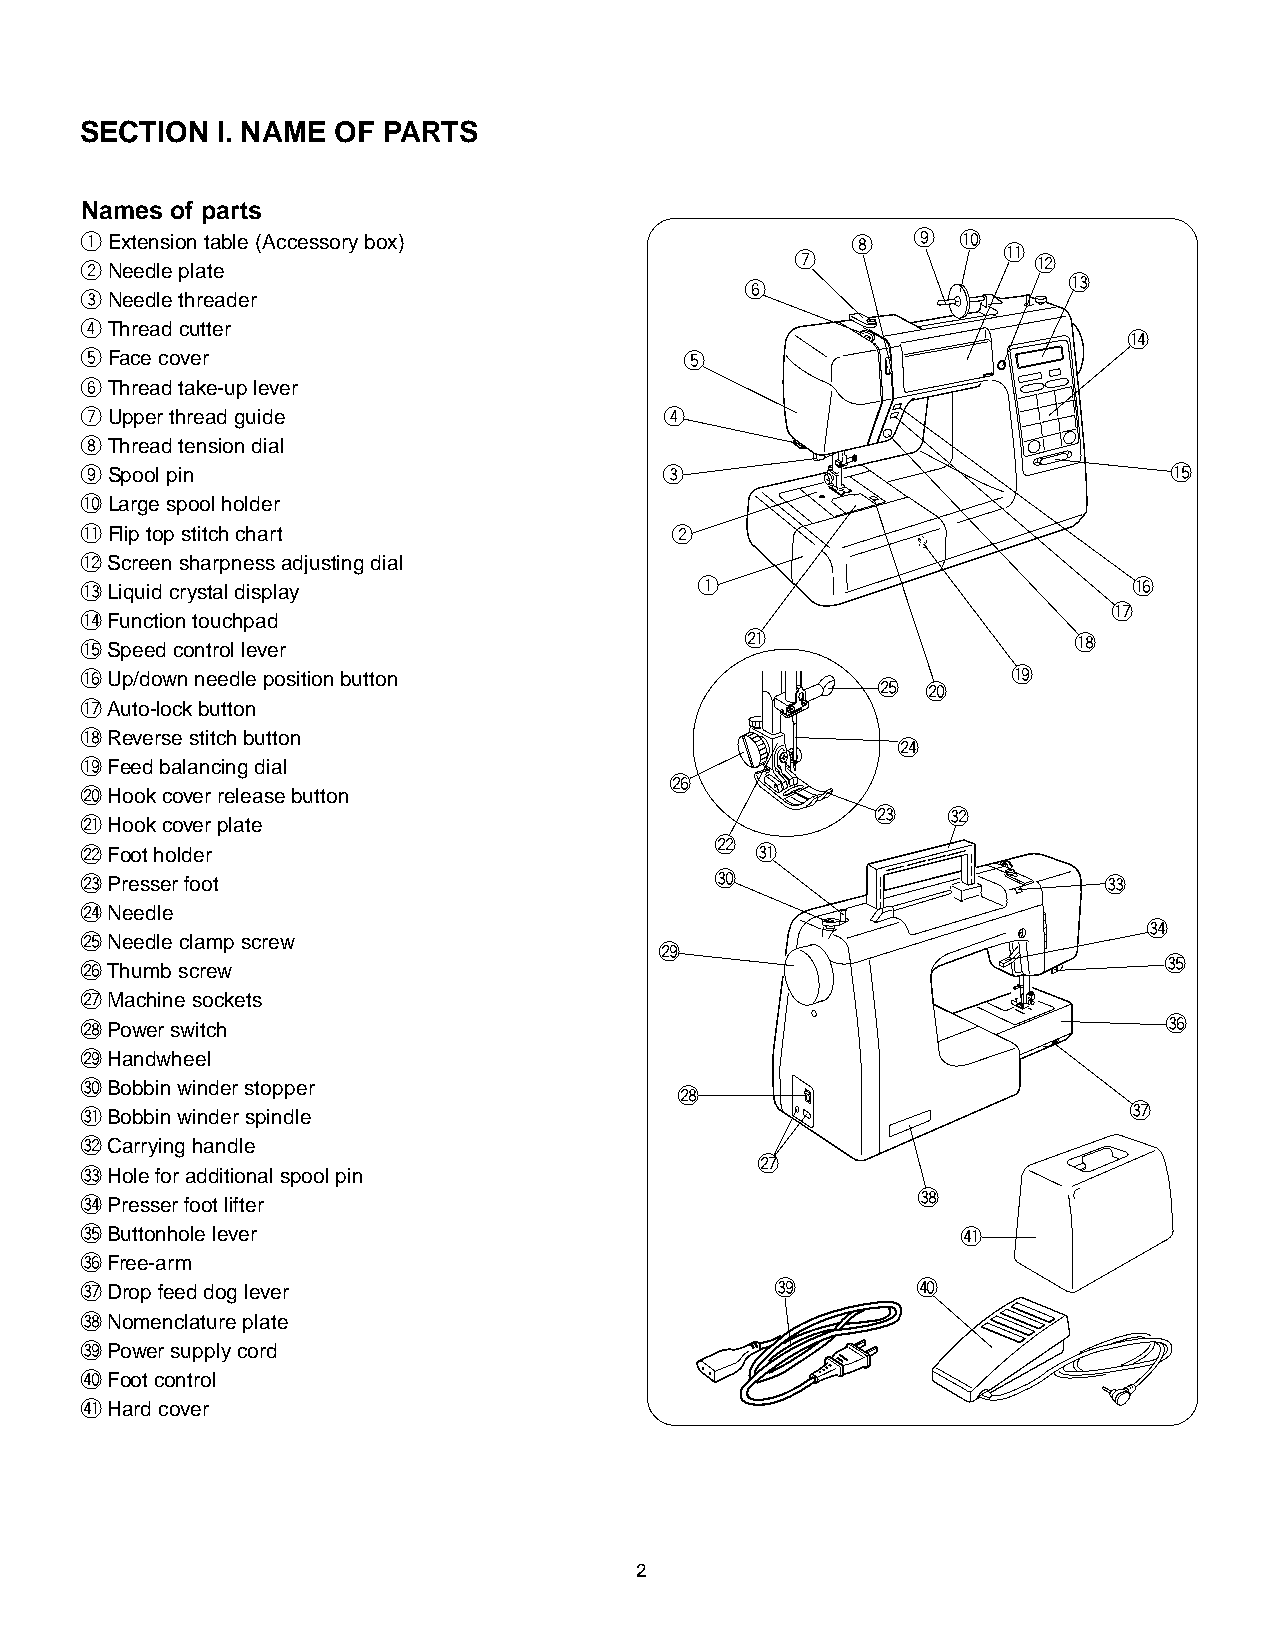
SECTION  I. NAME OF PARTS
 Names of parts
 qExtension table (Accessory box)                   i   o   !0
 !1
 u              !2
 wNeedle plate
 !3
 y
 eNeedle threader
 rThread cutter
 !4
 tFace cover                             t
 yThread take-up lever
 uUpper thread guide                    r
 iThread tension dial
 oSpool pin                             e                                 !5
 !0Large spool holder
 !1Flip top stitch chart                w
 !2Screen sharpness adjusting dial
 !3Liquid crystal display                 q                            !6
 !7
 !4Function touchpad
 @1                    !8
 !5Speed control lever
 !6Up/down needle position button                              !9
 @5 @0
 !7Auto-lock button
 !8Reverse stitch button
 @4
 !9Feed balancing dial
 @6
 @0Hook cover release button
 @3   #2
 @1Hook cover plate
 @2
 @2Foot holder                                #1
 @3Presser foot                            #0                        #3
 @4Needle
 #4
 @5Needle clamp screw
 @9
 #5
 @6Thumb screw
 @7Machine sockets
 @8Power switch                                                          #6
 @9Handwheel
 #0Bobbin winder stopper                 @8
 #7
 #1Bobbin winder spindle
 #2Carrying handle
 @7
 #3Hole for additional spool pin
 #8
 #4Presser foot lifter
 #5Buttonhole lever                                         $1
 #6Free-arm
 #7Drop feed dog lever                         #9        $0
 #8Nomenclature plate
 #9Power supply cord
 $0Foot control
 $1Hard cover
 2